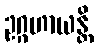
ဥဂ္ဂဟာယန္တိ